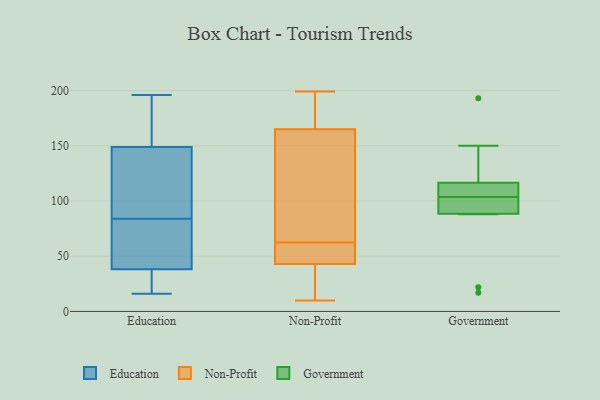
{"axis": {"x": "Market Share (%)", "y": "Value"}, "legend": ["Education", "Government", "Non-Profit"], "data": [{"x": "", "y": 54, "type": "Education"}, {"x": "", "y": 27, "type": "Education"}, {"x": "", "y": 149, "type": "Education"}, {"x": "", "y": 99, "type": "Education"}, {"x": "", "y": 27, "type": "Education"}, {"x": "", "y": 63, "type": "Education"}, {"x": "", "y": 161, "type": "Education"}, {"x": "", "y": 64, "type": "Education"}, {"x": "", "y": 180, "type": "Education"}, {"x": "", "y": 138, "type": "Education"}, {"x": "", "y": 69, "type": "Education"}, {"x": "", "y": 167, "type": "Education"}, {"x": "", "y": 16, "type": "Education"}, {"x": "", "y": 84, "type": "Education"}, {"x": "", "y": 196, "type": "Education"}, {"x": "", "y": 33, "type": "Education"}, {"x": "", "y": 148, "type": "Education"}, {"x": "", "y": 147, "type": "Education"}, {"x": "", "y": 27, "type": "Education"}, {"x": "", "y": 11, "type": "Non-Profit"}, {"x": "", "y": 194, "type": "Non-Profit"}, {"x": "", "y": 179, "type": "Non-Profit"}, {"x": "", "y": 53, "type": "Non-Profit"}, {"x": "", "y": 125, "type": "Non-Profit"}, {"x": "", "y": 194, "type": "Non-Profit"}, {"x": "", "y": 165, "type": "Non-Profit"}, {"x": "", "y": 30, "type": "Non-Profit"}, {"x": "", "y": 55, "type": "Non-Profit"}, {"x": "", "y": 43, "type": "Non-Profit"}, {"x": "", "y": 21, "type": "Non-Profit"}, {"x": "", "y": 49, "type": "Non-Profit"}, {"x": "", "y": 59, "type": "Non-Profit"}, {"x": "", "y": 73, "type": "Non-Profit"}, {"x": "", "y": 199, "type": "Non-Profit"}, {"x": "", "y": 119, "type": "Non-Profit"}, {"x": "", "y": 66, "type": "Non-Profit"}, {"x": "", "y": 10, "type": "Non-Profit"}, {"x": "", "y": 150, "type": "Government"}, {"x": "", "y": 89, "type": "Government"}, {"x": "", "y": 113, "type": "Government"}, {"x": "", "y": 88, "type": "Government"}, {"x": "", "y": 115, "type": "Government"}, {"x": "", "y": 98, "type": "Government"}, {"x": "", "y": 17, "type": "Government"}, {"x": "", "y": 118, "type": "Government"}, {"x": "", "y": 109, "type": "Government"}, {"x": "", "y": 193, "type": "Government"}, {"x": "", "y": 22, "type": "Government"}, {"x": "", "y": 89, "type": "Government"}]}